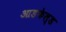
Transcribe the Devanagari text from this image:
आडफेल्ड